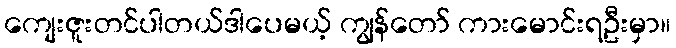
ကျေးဇူးတင်ပါတယ်ဒါပေမယ့် ကျွန်တော် ကားမောင်းရဦးမှာ။